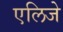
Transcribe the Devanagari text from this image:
एलिजे